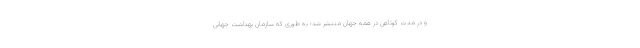
و در مدت کوتاهی در همه جهان منتشر شد؛ به طوری که سازمان بهداشت جهانی